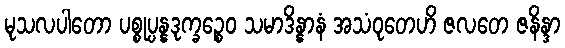
မုသလပါတော ပစ္စုပ္ပန္နဒုက္ခဉ္စေဝ သမာဒိန္နာနံ အသံဝုတေဟိ ဇလတေ ဇနိန္ဒာ